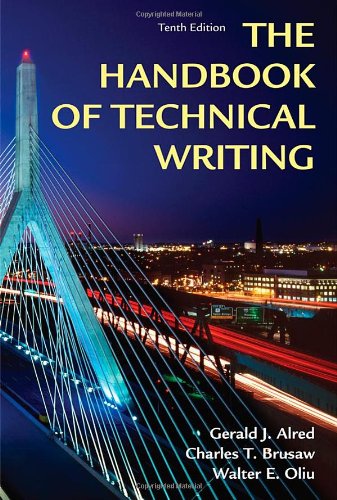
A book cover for Handbook of Technical Writing, Tenth Edition; Gerald J. Alred; Reference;